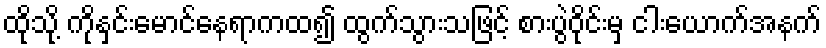
ထိုသို့ ကိုနှင်းမောင်နေရာကထ၍ ထွက်သွားသဖြင့် စားပွဲဝိုင်းမှ ငါးယောက်အနက်